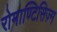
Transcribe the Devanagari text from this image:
रोमाण्टिसिज़्म